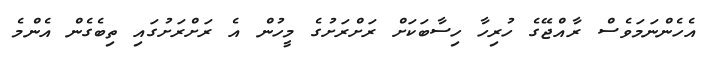
އެހެންނަމަވެސް ރާއްޖޭގެ ހުރިހާ ހިސާބަކަށް ރަށްރަށުގެ މީހުން އެ ރަށްރަށުގައި ތިބެގެން އެންމެ